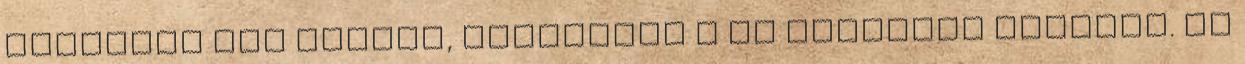
átlépett egy határt, mostantól ő is keményen játszik. De